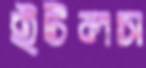
ইটলস